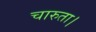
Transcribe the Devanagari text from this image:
चारुता।